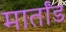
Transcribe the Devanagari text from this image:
मार्तांड